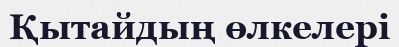
Қытайдың өлкелері